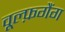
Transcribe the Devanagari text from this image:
वूल्फ़गैंग